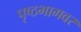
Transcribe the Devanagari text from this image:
पृष्ठभागवर